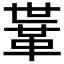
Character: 𩊈